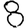
Digit: 8